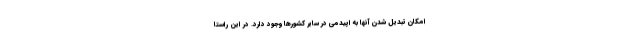
امکان تبدیل شدن آنها به اپیدمی در سایر کشورها وجود دارد. در این راستا